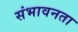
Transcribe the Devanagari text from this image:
संभावनता